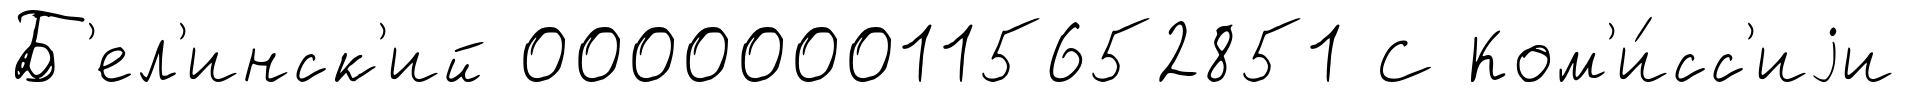
Б'ел'инск'ий 0000000115652851 С Ком'и́сс'иjи